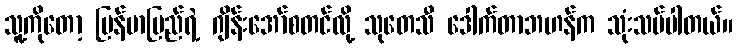
သူ့ကိုတော့ မြန်မာပြည်ရဲ့ ဂျိန်းအော်စတင်လို့ သုတေသီ ဒေါက်တာဘဟန်က သုံးသပ်ပါတယ်။